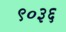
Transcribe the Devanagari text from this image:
९०३६